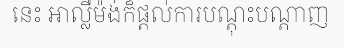
នេះ អាល្លឺម៉ង់ក៏ផ្តល់ការបណ្តុះបណ្តាញ